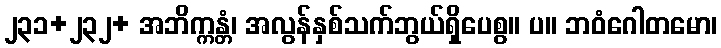
၂၃၁+၂၃၂+ အဘိက္ကန္တံ၊ အလွန်နှစ်သက်ဘွယ်ရှိပေစွ။ ပ။ ဘဝံဂေါတမော၊